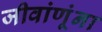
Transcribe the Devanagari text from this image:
जीवांणूंना